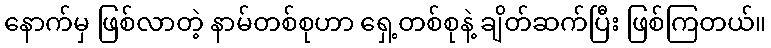
နောက်မှ ဖြစ်လာတဲ့ နာမ်တစ်စုဟာ ရှေ့တစ်စုနဲ့ ချိတ်ဆက်ပြီး ဖြစ်ကြတယ်။